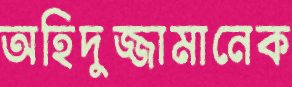
অহিদুজ্জামানেক